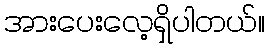
အားပေးလေ့ရှိပါတယ်။